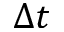
\Delta t